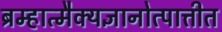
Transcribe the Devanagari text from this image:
ब्रम्हात्मैक्यज्ञानोत्पात्तीत